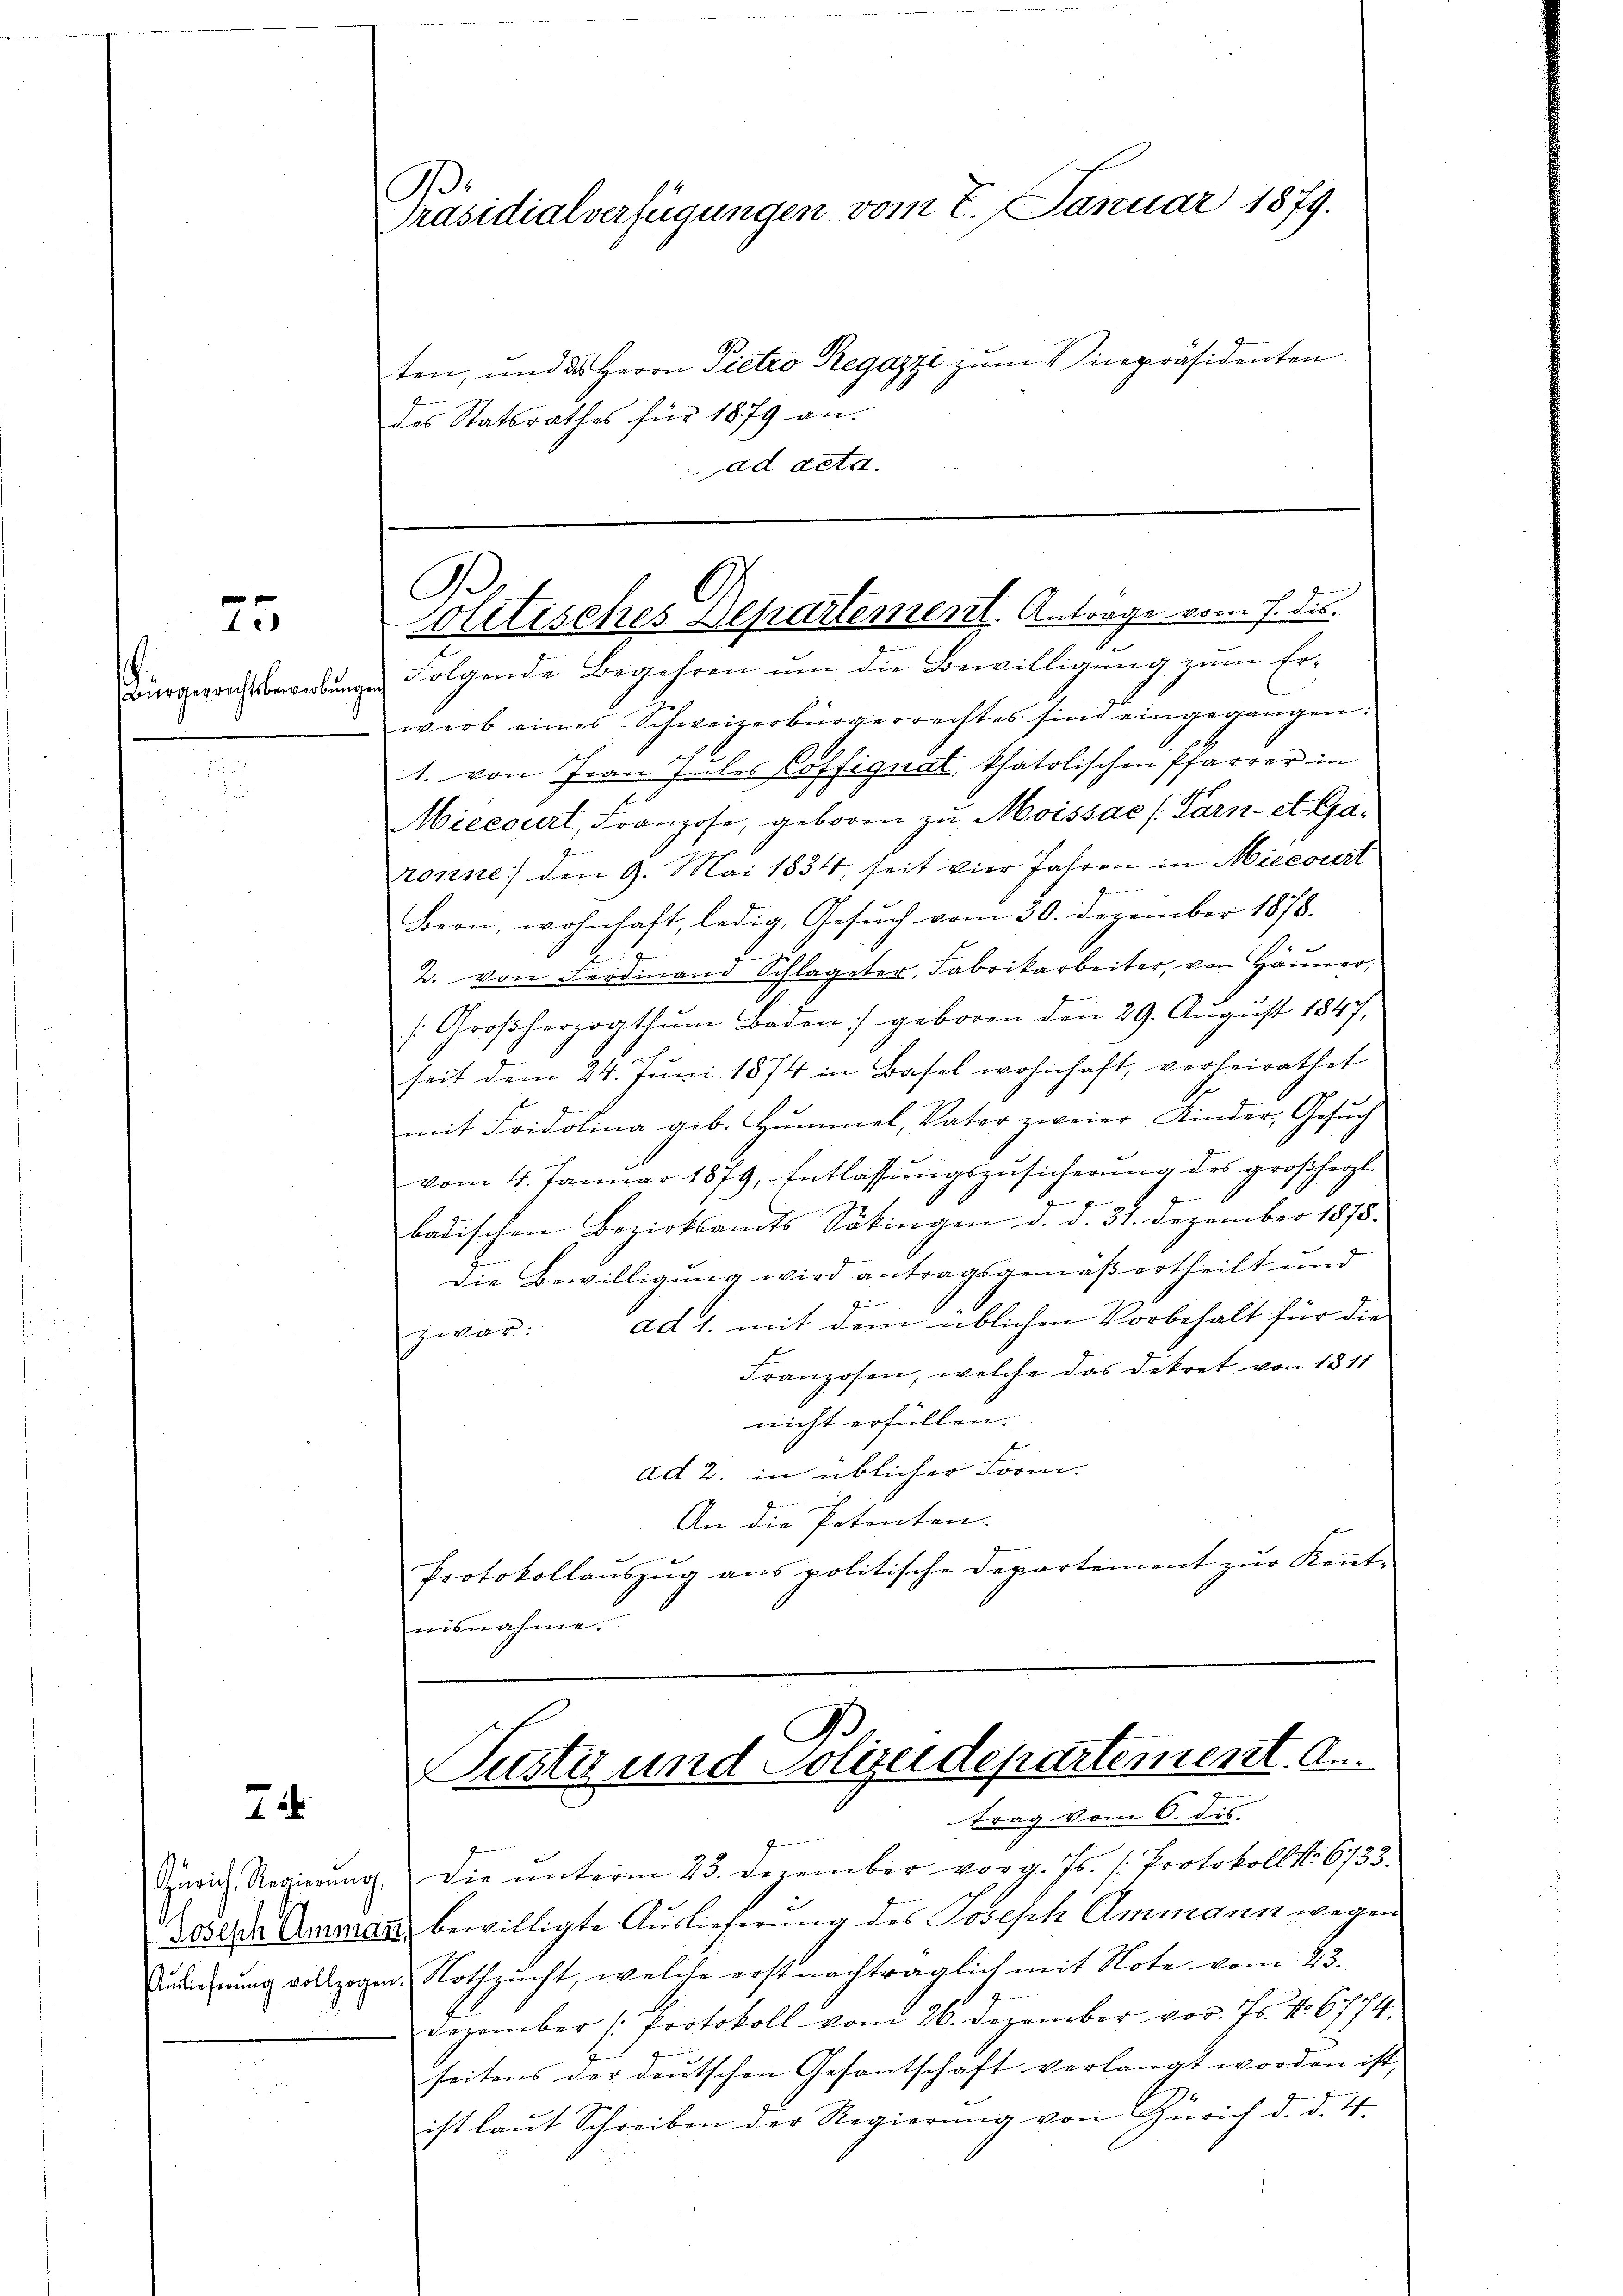
75

Bürgerichtsbewerbun

2

B.
Präsidialverfügungen vom 7. Januar 1879.

ten, und das Herrn Pietro Regazzi zum Vicepräsidenten
des Statsrathes für 1879 an-
ad acta.

B.
olitisches Departement. Antrage vom 7. ds.

Folgende Begehren um die Bewilligung zum Er-
werb eines Schweizerbürgerrechtes sind eingegangen:
1. von Frau Inles Coffignat, thatolischen Pfarrer in
Miecourt, Franzose, geboren zu Moissac (Parn-St. Garonne den 9. Mai 1834, seit vier Jahren in Miecourt
e
Bern, wohnhaft, ledig, Gesuch vom 30. Dezember 1878.
2
2. von Ferdinand Schlageter, Fabrikarbeiter, von Hänner,
s: Großherzogthum Baden) geboren den 29. August 1847,
seit dem 24. Juni 1874 in Basel wohnhaft, verheirathet
mit Fridolina geb. Hummel, Vater zweier Kinder, Gesuch
vom 4. Januar 1879, Entlassŭngszusicherung des großherzl.

77
badischen Bezirksamts Bakingen d. d. 31. Dezember 1875.
die Bewilligung wird antragsgemäß ertheilt und
ze
zwar: ad 1. mit dem üblichen Vorbehalt für die
Franzosen, welche das Dekret von 1811
nicht erfüllen.
ad 2. in üblicher Form.
An die Petenten.
Protokollauszug aus politische Departement zur Kenntmisnahme.
.
Pustiz und Polizeidepartement. d.
trag vom 6. dis.
inrich Regierŭng die ŭnterm 23. Dezember vorg. Js. /: Protokoll No 6733.
3
3000 der Ammann, bewilligte Auslieferung des Joseph Ammann wegen
Eulehnŭng vollzogen Nothzucht, welche erst nachträglich mit Note vom 23.
Dezember (Protokoll vom 26. Dezember vor. Js. No. 6774.
seitens der deŭtschen Gesantschaft verlangt worden ist,
ist laut Schreiben der Regierŭng von Zürich d. d. 4.